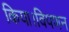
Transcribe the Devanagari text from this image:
किया।विपणन